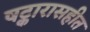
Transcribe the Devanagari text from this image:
षट्कारासहीत